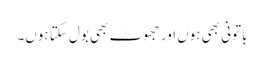
باتونی بھی ہوں اور جھوٹ بھی بول سکتا ہوں۔